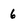
Character: 6